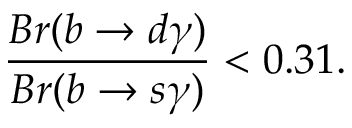
{ \frac { B r ( b \rightarrow d \gamma ) } { B r ( b \rightarrow s \gamma ) } } < 0 . 3 1 .